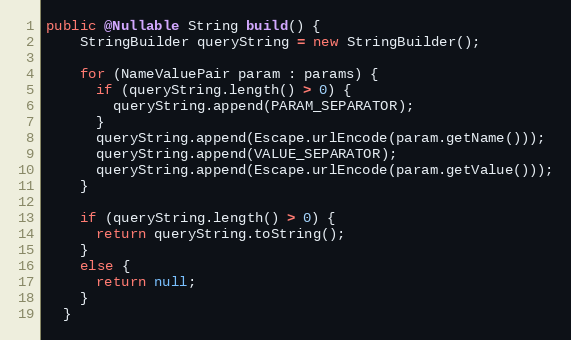
Language: Java
public @Nullable String build() {
    StringBuilder queryString = new StringBuilder();

    for (NameValuePair param : params) {
      if (queryString.length() > 0) {
        queryString.append(PARAM_SEPARATOR);
      }
      queryString.append(Escape.urlEncode(param.getName()));
      queryString.append(VALUE_SEPARATOR);
      queryString.append(Escape.urlEncode(param.getValue()));
    }

    if (queryString.length() > 0) {
      return queryString.toString();
    }
    else {
      return null;
    }
  }